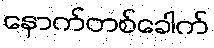
နောက်တစ်ခေါက်